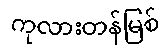
ကုလားတန်မြစ်